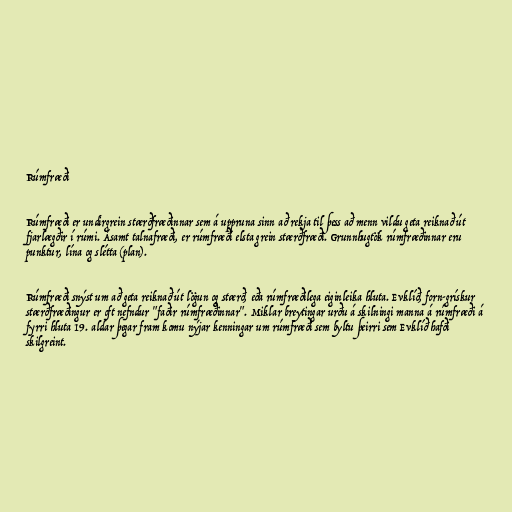
Rúmfræði

Rúmfræði er undirgrein stærðfræðinnar sem á uppruna sinn að rekja til þess að menn vildu geta reiknað út
fjarlægðir í rúmi. Ásamt talnafræði, er rúmfræði elsta grein stærðfræði. Grunnhugtök rúmfræðinnar eru
punktur, lína og slétta (plan).

Rúmfræði snýst um að geta reiknað út lögun og stærð, eða rúmfræðilega eiginleika hluta. Evklíð, forn-grískur
stærðfræðingur er oft nefndur "faðir rúmfræðinnar". Miklar breytingar urðu á skilningi manna á rúmfræði á
fyrri hluta 19. aldar þegar fram komu nýjar kenningar um rúmfræði sem byltu þeirri sem Evklíð hafði
skilgreint.